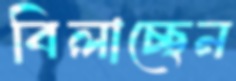
বিলাচ্ছেন